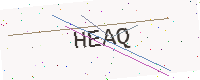
Text: HEAQ